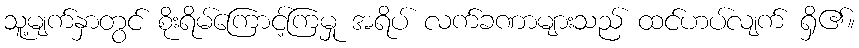
သူ့မျက်နှာတွင် စိုးရိမ်ကြောင့်ကြမှု အရိပ် လက်ခဏာများသည် ထင်ဟပ်လျက် ရှိ၏။